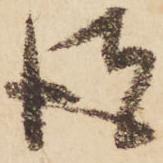
彼